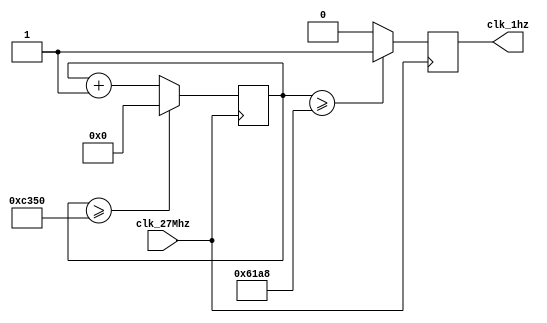
`timescale 1ns / 1ps
//////////////////////////////////////////////////////////////////////////////////
// Company: 
// Engineer: 
// 
// Design Name: 
// Module Name:    clock1 
// Project Name: 
// Target Devices: 
// Tool versions: 
// Description: 
//
// Dependencies: 
//
// Revision: 
// Revision 0.01 - File Created
// Additional Comments: 
//
//////////////////////////////////////////////////////////////////////////////////
//receives a 27 MHz clk on clk_27Mhz and generates a 1 Hz clk on clk_1hz

module msclock1(clk_27Mhz, clk_1hz);
input clk_27Mhz; // user clock
output clk_1hz; // divided clock
reg [25:0] count; // counter, is bigger then we need in case you wanna play with it
reg clk_1hz; // don't forget the register

initial // This describes what to do as soon as machine turns on
begin
clk_1hz<=0; // resetting everything
count<=0;
end

always @(posedge clk_27Mhz) // whenever a rising edge of 27 MHz happens, do:
begin
// This is just a counter:
if (count >= 50_000)
count <= 0;
else
count <= count + 1;
// counter ends here


// this guy decides if it should be 0 or 1
clk_1hz <= count >= (25_000) ? 1 : 0;

end

endmodule